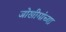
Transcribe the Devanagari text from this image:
जोखीमांच्या